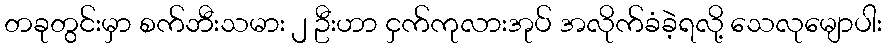
တခုတွင်းမှာ စက်ဘီးသမား ၂ ဦးဟာ ငှက်ကုလားအုပ် အလိုက်ခံခဲ့ရလို့ သေလုမျောပါး